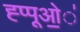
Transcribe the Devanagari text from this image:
ह्प्पूओ॒॒॒॑